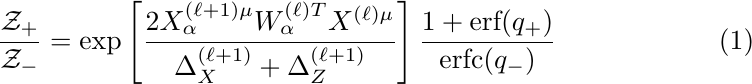
\begin{equation}
  \frac{\mathcal{Z}_+}{\mathcal{Z}_-}=\exp\left[\frac{2X_\alpha^{(\ell+1)\mu} W^{(\ell)T}_\alpha X^{(\ell)\mu}}{\Delta^{(\ell+1)}_X+\Delta^{(\ell+1)}_Z}\right] \frac{1+\text{erf}(q_+)}{\text{erfc}(q_-)}
\end{equation}